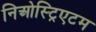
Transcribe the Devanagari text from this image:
निओस्ट्रिएटम